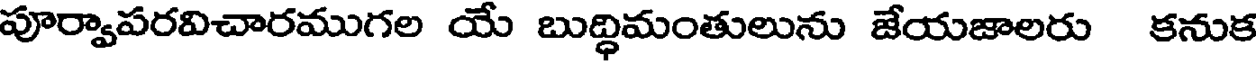
పూర్వాపరవిచారముగల యే బుద్ధిమంతులును జేయజాలరు కనుక